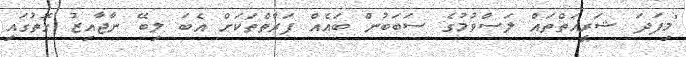
"މިފަދަ ޝަރީއަތްތައް ލަސްވުމުގެ ސަބަބުން ބައެއް ފަރާތްތަކަށް އެބަ ލިބޭ ނާޖާއިޒު ގޮތުގައި